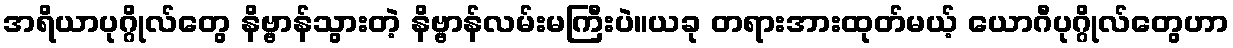
အရိယာပုဂ္ဂိုလ်တွေ နိဗ္ဗာန်သွားတဲ့ နိဗ္ဗာန်လမ်းမကြီးပဲ။ယခု တရားအားထုတ်မယ့် ယောဂီပုဂ္ဂိုလ်တွေဟာ